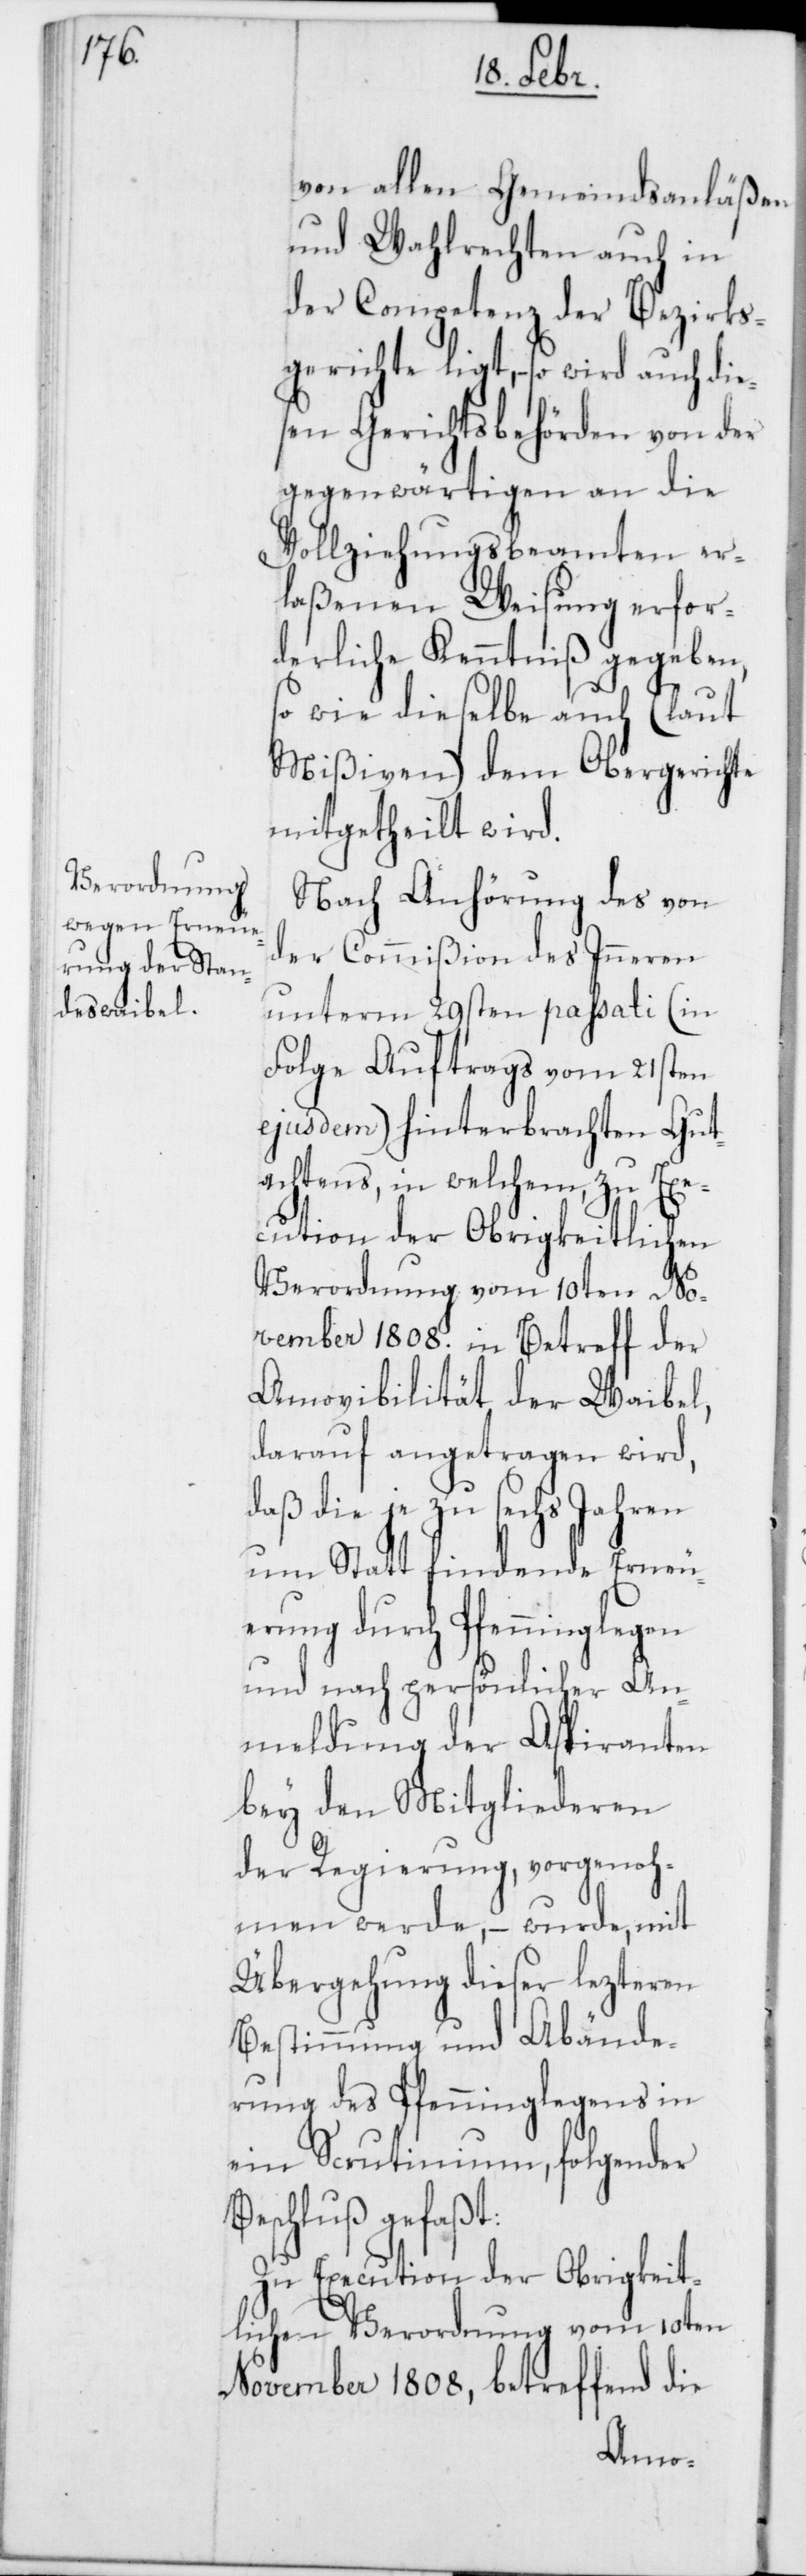
von allen Gemeindsanläßen
und Wahlrechten auch in
der Competenz der Bezirks¬
gerichte ligt, – so wird auch die¬
sen Gerichtsbehörden von der
gegenwärtigen an die
Vollziehungsbeamten er¬
laßenen Weisung erfor¬
derliche Kenntniß gegeben,
so wie dieselbe auch (laut
Mißiven) dem Obergerichte
mitgetheilt wird.
Nach Anhörung des von
der Commißion des Inneren
unterm 29sten passati (in
Folge Auftrags vom 21sten
ejusdem) hinterbrachten Gut¬
achtens, in welchem, zu Exe¬
cution der Obrigkeitlichen
Verordnung vom 10ten No¬
vember 1808. in Betreff der
Amovibilität der Waibel,
darauf angetragen wird,
daß die je zu sechs Jahren
um Statt findende Erneu¬
erung durch Pfenninglegen
und nach persönlicher An¬
meldung der Aspiranten
bey den Mitgliederen
der Regierung, vorgenoh¬
men werde, – wurde, mit
Übergehung dieser lezteren
Bestimmung und Abände¬
rung des Pfenninglegens in
ein Scrutinium, folgender
Beschluß gefaßt:
Zu Execution der Obrigkeit¬
lichen Verordnung vom 10ten
November 1808, betreffend die